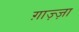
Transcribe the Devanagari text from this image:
ग़ाज़्ज़ा